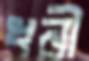
ধনী